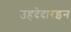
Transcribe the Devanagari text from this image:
उहदेदारइन